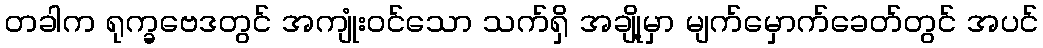
တခါက ရုက္ခဗေဒတွင် အကျုံးဝင်သော သက်ရှိ အချို့မှာ မျက်မှောက်ခေတ်တွင် အပင်